Supplement to the account of plague administration in the Bombay Presidency from September 1896 till May 1897
Year: 1896
Disease focus: Plague
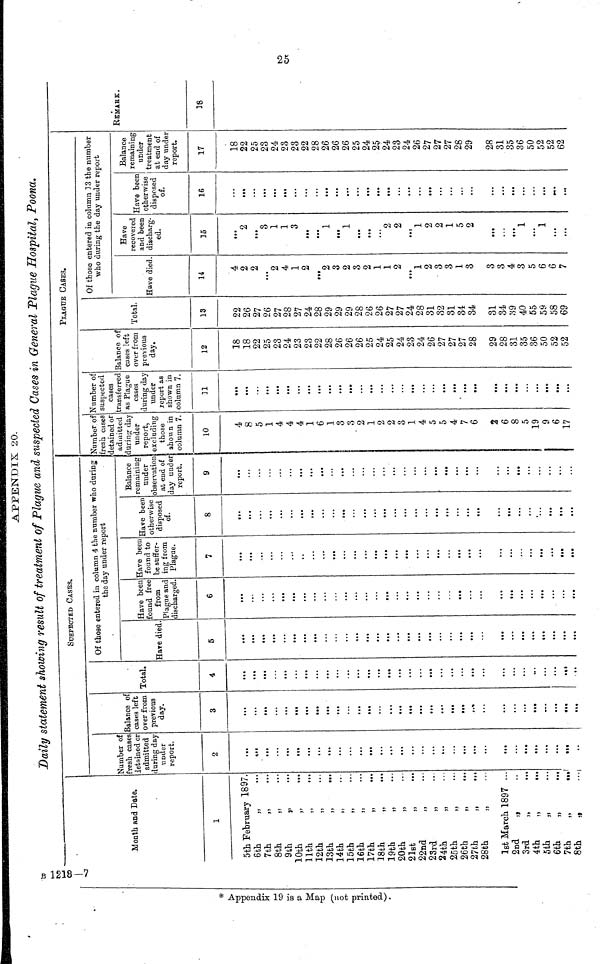
APPENDIX 20.
Daily statement showing result of treatment of Plague and suspected Cases in General Plague Hospital, Poona.
00
B1218-7
Month and Date.
#
Appendix 19 is a a Map(not printed).
1
5th February 1897.
6th
7th
8th
9th
10th
11th
12th
13th
14th
15th
16th
17th
18th
19th
20th
21st
22nd
23rd
24th
25th
26th
27th
,,
,,
,,
,,
,,
,,
...
,,
,,
,,
,,
,,
,,
,,
,,
,,
,,
,,
,,
,,
,,
,,
28th
,,
1st March 1897
2nd
3rd
4th
5th
6th
7th
8th
,,
,,
,,
,,
,,
,,
,,
...
...
...
...
...
...
...
...
...
...
...
...
...
...
...
...
...
...
...
...
...
...
...
...
...
...
...
...
...
...
...
SUSPECTED CASES.
Number of
fresh cases
detained or
admitted
during day
under
report.
2
...
...
...
...
...
...
...
...
...
...
...
...
...
...
...
...
...
...
...
...
...
...
...
...
...
...
...
...
...
...
...
...
Balance of
cases left
over from
previous
day.
3
...
...
...
...
...
...
...
...
...
...
...
...
...
...
...
...
...
...
...
...
...
...
...
...
...
...
...
...
...
...
...
...
Total.
4
...
...
...
...
...
...
...
...
...
...
...
...
...
...
...
...
...
...
...
...
...
...
...
...
...
...
...
...
...
...
...
...
Of those entered in column 4 the number who during
the day under report
Hare died.
5
...
...
...
...
...
...
...
...
...
...
...
...
...
...
...
...
...
...
...
...
...
...
...
...
...
...
...
...
...
...
...
...
Have been
found free
from
Plague and
discharged.
6
...
...
...
...
...
...
...
...
...
...
...
...
...
...
...
...
...
...
...
...
...
...
...
...
...
...
...
...
...
...
...
...
Have been
found to
be suffer-
ing from
Plague.
7
...
...
...
...
...
...
...
...
...
...
...
...
...
...
...
...
...
...
...
...
...
...
...
...
...
...
...
...
...
...
...
...
Save been
otherwise
disposed
of.
8
...
...
...
...
...
...
...
...
...
...
...
...
...
...
...
...
...
...
...
...
...
...
...
...
...
...
...
...
...
...
...
...
Balance
remaining
under
observation
at end of
day under
report.
9
...
...
...
...
...
...
...
...
...
...
...
...
...
...
...
...
...
...
...
...
...
...
...
...
...
...
...
...
...
...
...
...
PLAGUE CASES.
Number of
fresh cases
detained or
admitted
during day
under
report,
excluding
those
shown in
column 7.
10
4
8
5
1
4
4
4
1
6
1
3
3
' 2
1
2
2
3
1
4
5
5
4
7
6
2
6
8
5
19
9
6
17
Number of
suspected
cases
transferred
as Plague
cases
during day
under
report as
shown in
column 7.
11
...
...
...
...
...
...
...
...
...
...
...
...
...
...
...
...
...
...
...
...
...
...
...
...
...
...
...
...
...
...
...
...
Balance of
cases left
over from
previous
day.
12
18
18
22
25
23
24
23
23
22
28
26
26
26
25
24
25
24
23
24
26
27
27
27
28
29
28
31
35
36
50
52
52
Total.
13
22
26
27
26
27
28
27
24
28
29
29
29
28
26
26
27
27
24
28
31
32
31
34
34
31
34
39
40
55
59
58
69
Of those entered in column 13 the number
who during the day under report
Have died
14
4
2
2
...
2
4
1
2
...
2
3
2
3
2
1
1
2
...
1
2
3
3
1
3
3
3
4
3
5
6
6
7
Have
recovered
and been
discharg-
ed.
15
...
2
...
3
1
1
3
...
...
1
...
1
...
...
...
2
2
...
1
2
2
1
5
2
...
...
...
1
...
1
...
...
Have been
otherwise
disposed
of.
16
...
...
...
...
...
...
...
...
...
...
...
...
...
...
...
...
...
...
...
...
...
...
...
...
...
...
...
...
...
...
...
...
Balance
remaining
under
treatment
at end of
day under
report.
17
18
22
25
23
24
23
23
22
28
26
26
26
25
24
25
24
23
24
26
27
27
27
28
29
28
31
35
36
50
52
52
62
REMARK.
18
25